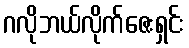
ဂလိုဘယ်လိုက်ဇေးရှင်း